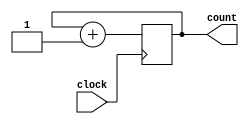
module counter (	input wire clock,						// Clock input to the design
						output reg [12:0] count				// 13 bit vector output of the counter
					);	
	initial count = 0;
	always @ (negedge clock) count <= count + 1'b1;
endmodule